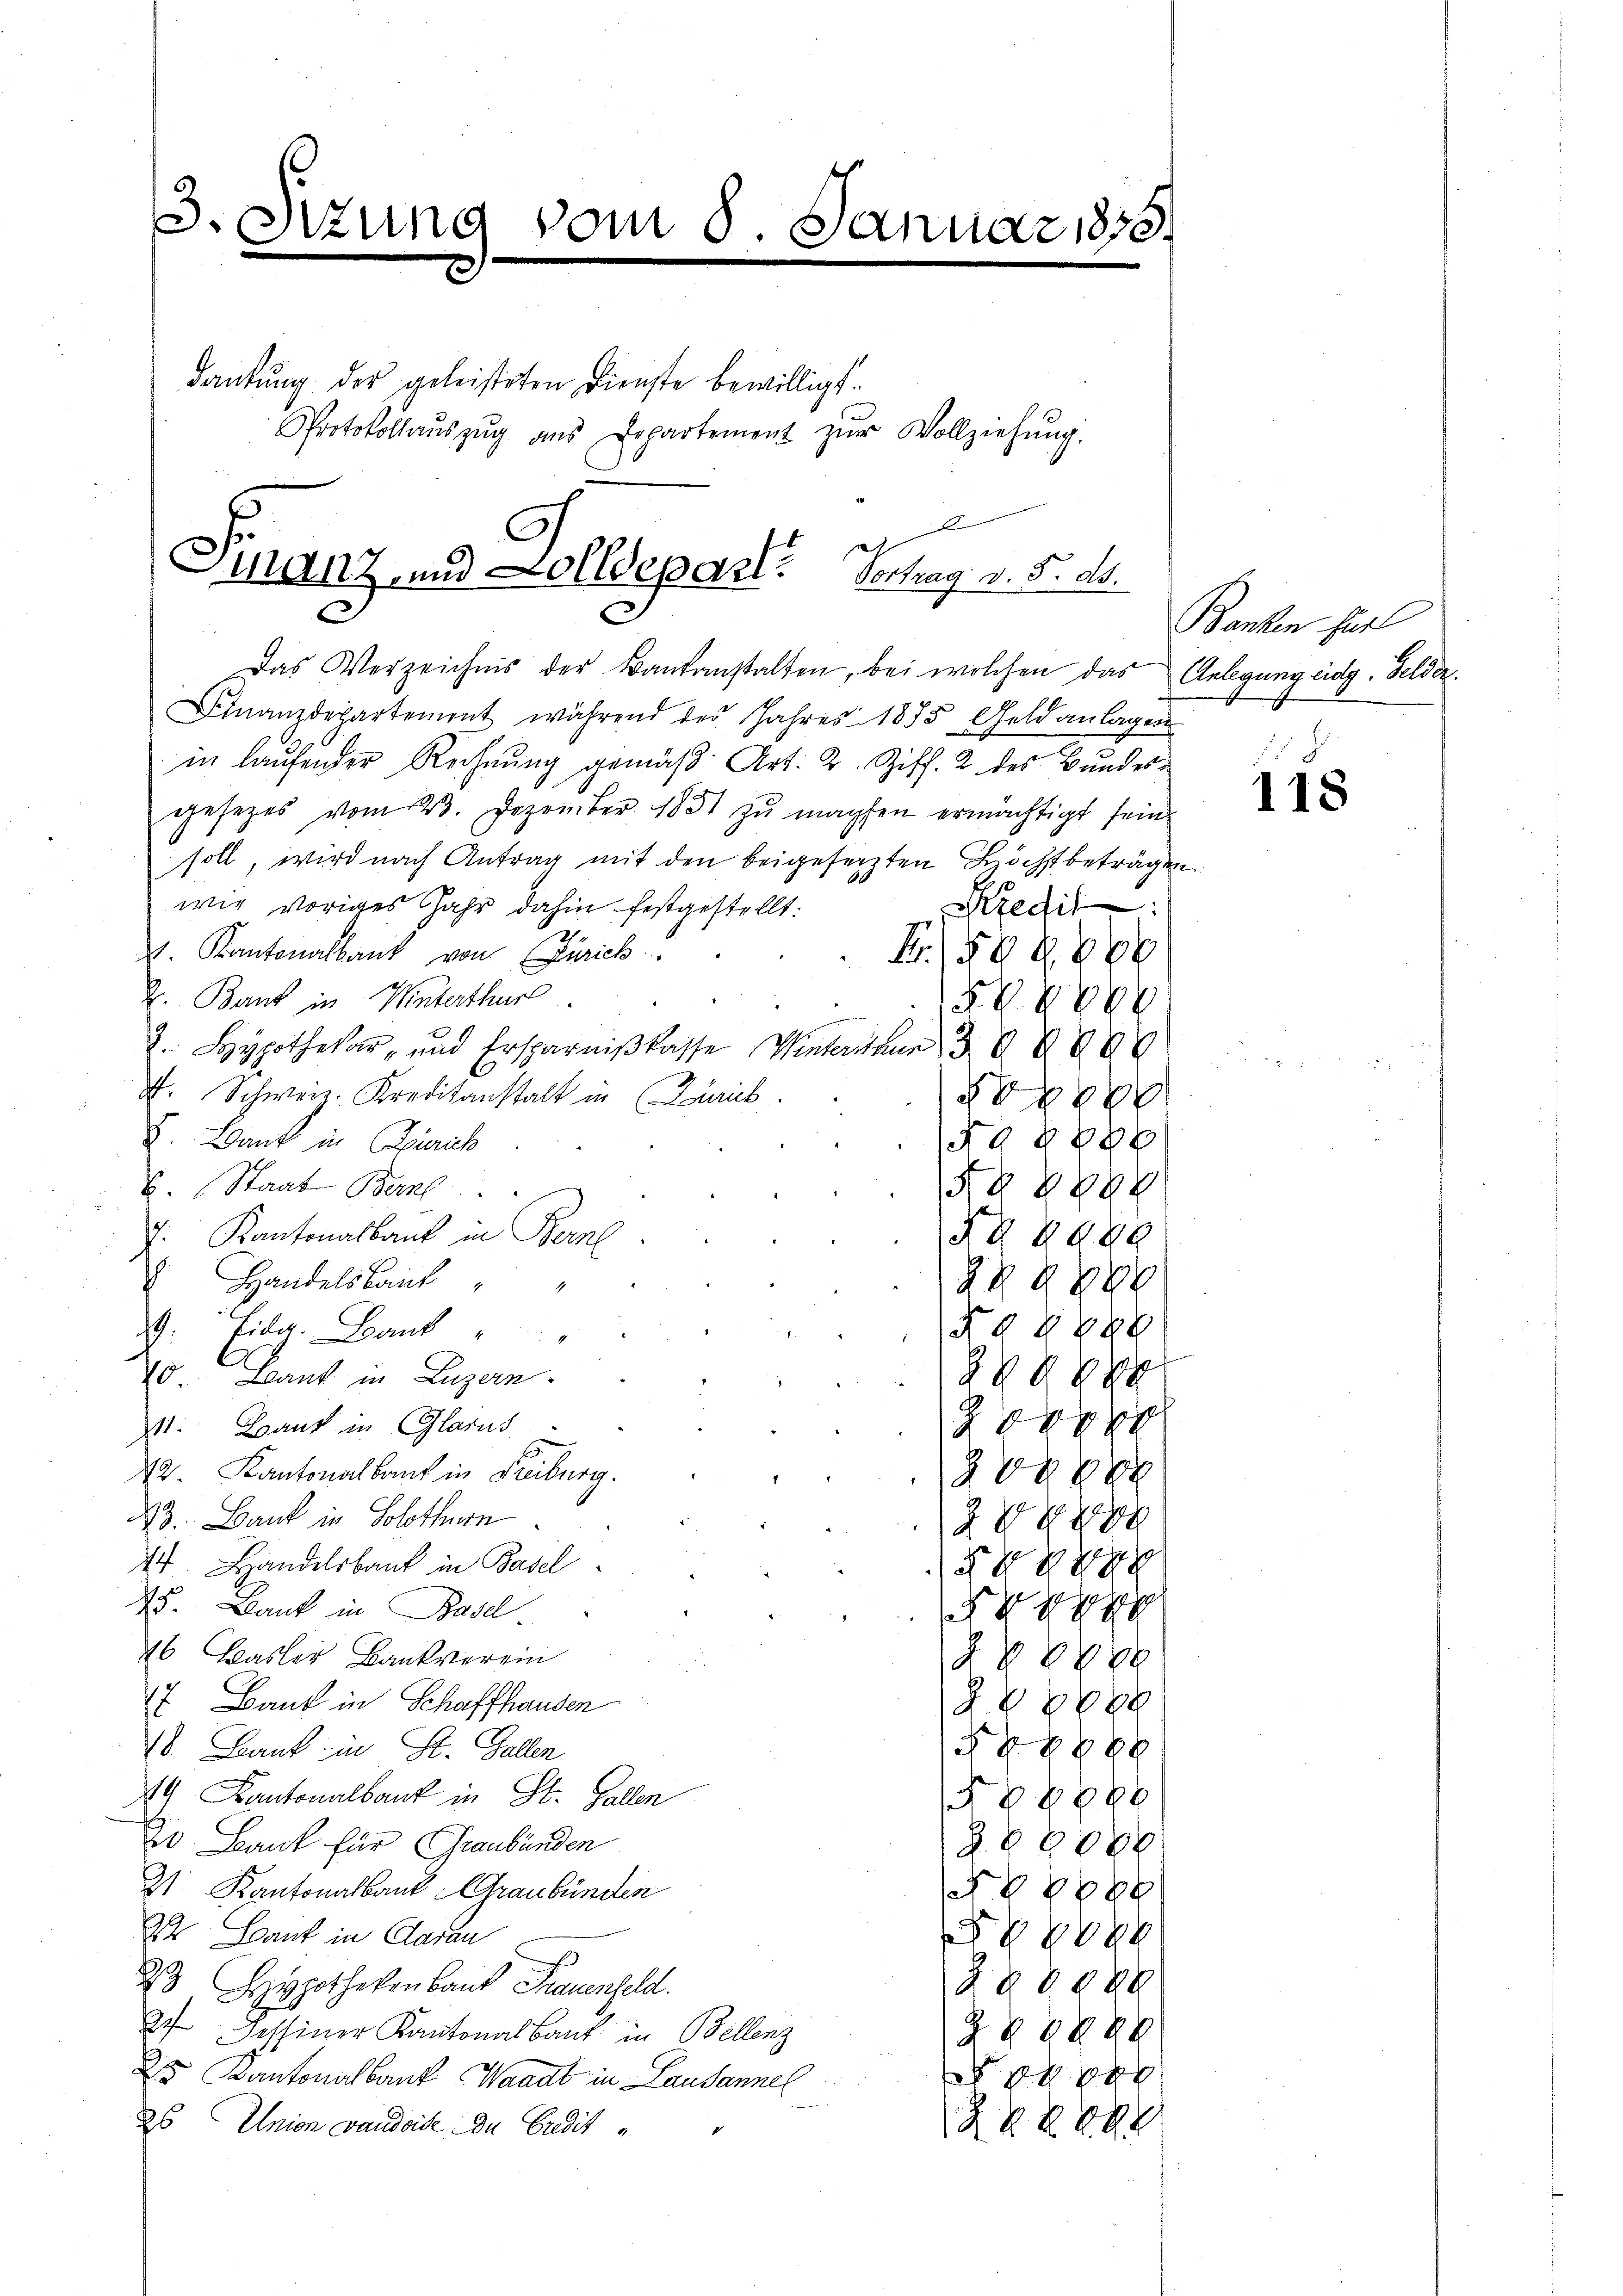
3. Sitzung vom 8. Januar 1835.
e

Protokollaŭszŭg ans Departement zŭr Vollziehŭng.

dankung der geleisteten Dienste bewilligt.

d
Finanz- und Zolldepart. Vertrag v. 5. ds.
E

Das Verzeichnis der Kantanstalten, bei welchen das Anlegung eidg. Felder.
Finanzdepartement während des Jahres 1855, Geldanlagen
in laufender Rechnung gemäß Art. 2. Ziff. 2 des Bundesgesezes vom 23. Dezember 1831 zŭ machten ermächtigt sein.
soll, wird nach Antrag mit den beigeferzten Höchst beträgen
wir voriges Jahr dahin festgestellt:
Rzedi
1. Kantonalbank von Zürich
B.588886
2. Bank in Winterthur
FV 8888
eeren
2. Hypothekar, und Ersparnißkasse Mieterien 3
f. Schweiz. Kreditanstalt in Laib

I. Bank in Zürich
NG 8888
No 8888
E. Staat Bern
J. Kantonalbank in Berne
§§ 2988
 Handelsbank
§§ 2800
RG 8888
2. Eida. Dank
10 Beant in Luzern.
2888 g
e
11. Bank in Glarus
42. Kantonalkauf in Freiburg.
88888
i
A. Bank in Solothurn
2 889
44. Handelsbank in Basel

75. Bank in Basel

46 Basler Bankverein
§§ 8888
 Bank in Schaffhausen
8888
48888
18. Bank in St. Gallen
14 Kantonalbank in St. Gallen
88888
Do Bank für Graubünden
Z. 8 8000
31. Kantonalbank Graubünden
N. 8 8088
2t Lauf in Garan
Egg
2. Hypothekenbaut Frauenfeld.
§§ 8888.
27 Dessiner Kantonalbaut in Bellenz
Z § 8898
Es Kantonalbank, Waadt in Lausannel

26 Union vaudoise de Credit
ZV XV 2

Banken für

118